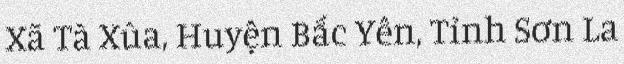
Xã Tà Xùa, Huyện Bắc Yên, Tỉnh Sơn La